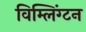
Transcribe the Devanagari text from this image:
विम्लिंग्टन